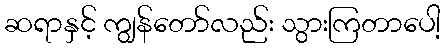
ဆရာနှင့် ကျွန်တော်လည်း သွားကြတာပေါ့